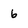
Character: 6